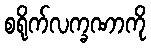
စရိုက်လက္ခဏာကို